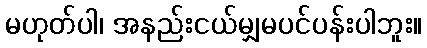
မဟုတ်ပါ၊ အနည်းငယ်မျှမပင်ပန်းပါဘူး။